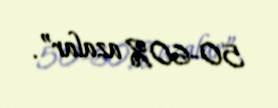
50-60% azalar”.